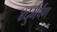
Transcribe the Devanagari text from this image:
४दुर्मर्षण